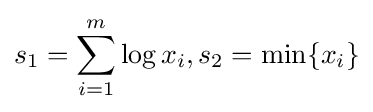
s_{1}=\sum _{i=1}^{m}\log x_{i},s_{2}=\min\{x_{i}\}